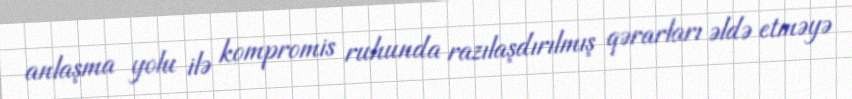
anlaşma yolu ilə kompromis ruhunda razılaşdırılmış qərarları əldə etməyə